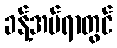
ခန့်အပ်ရာတွင်